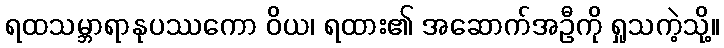
ရထသမ္ဘာရာနုပဿကော ဝိယ၊ ရထား၏ အဆောက်အဦကို ရှုသကဲ့သို့။